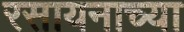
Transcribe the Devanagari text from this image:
रसायनाच्या